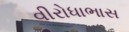
વીરોધાભાસ